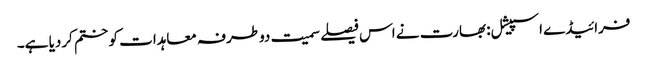
فرائیڈے اسپیشل: بھارت نے اس فیصلے سمیت دوطرفہ معاہدات کو ختم کردیا ہے۔